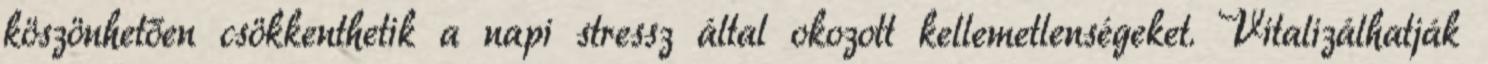
köszönhetően csökkenthetik a napi stressz által okozott kellemetlenségeket. Vitalizálhatják